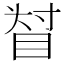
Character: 𥆴